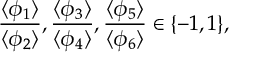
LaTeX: \frac { \langle \phi _ { 1 } \rangle } { \langle \phi _ { 2 } \rangle } , \frac { \langle \phi _ { 3 } \rangle } { \langle \phi _ { 4 } \rangle } , \frac { \langle \phi _ { 5 } \rangle } { \langle \phi _ { 6 } \rangle } \in \{ - 1 , 1 \} ,